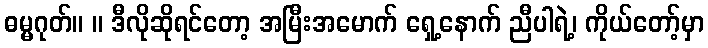
ဓမ္မဂုတ်။ ။ ဒီလိုဆိုရင်တော့ အမြီးအမောက် ရှေ့နောက် ညီပါရဲ့၊ ကိုယ်တော့်မှာ